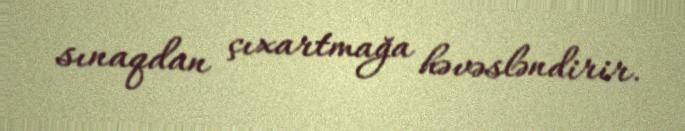
sınaqdan çıxartmağa həvəsləndirir.